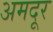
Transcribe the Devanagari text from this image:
अमदूर